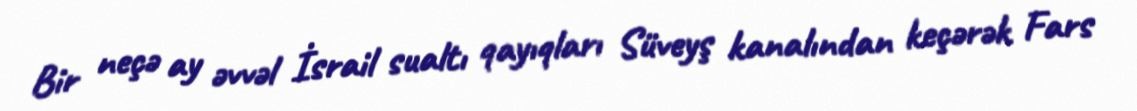
Bir neçə ay əvvəl İsrail sualtı qayıqları Süveyş kanalından keçərək Fars